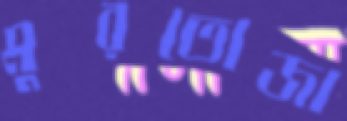
মুরতোজা